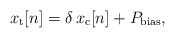
\begin{align*}x_{\rm t}[n]=\delta\, x_{\rm c}[n]+P_{\rm bias},\end{align*}